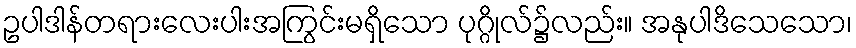
ဥပါဒါန်တရားလေးပါးအကြွင်းမရှိသော ပုဂ္ဂိုလ်၌လည်း။ အနုပါဒိသေသော၊